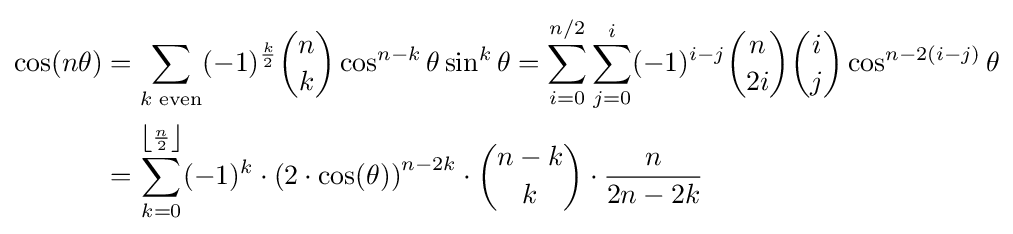
{\begin{aligned}\cos(n\theta )&=\sum _{k{\text{ even}}}(-1)^{\frac {k}{2}}{n \choose k}\cos ^{n-k}\theta \sin ^{k}\theta =\sum _{i=0}^{n/2}\sum _{j=0}^{i}(-1)^{i-j}{n \choose 2i}{i \choose j}\cos ^{n-2(i-j)}\theta \\{}&=\sum _{k=0}^{\left\lfloor {\frac {n}{2}}\right\rfloor }(-1)^{k}\cdot {(2\cdot \cos(\theta ))}^{n-2k}\cdot {n-k \choose k}\cdot {\frac {n}{2n-2k}}\end{aligned}}